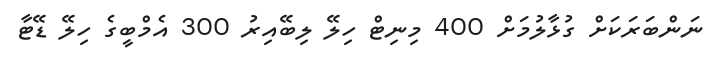
ނަންބަރަކަށް ގުޅާލުމަށް 400 މިނިޓް ހިލޭ ލިބޭއިރު 300 އެމްބީގެ ހިލޭ ޑޭޓާ